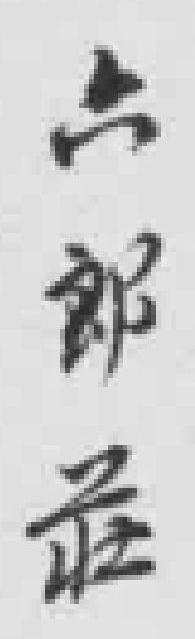
六郎莊